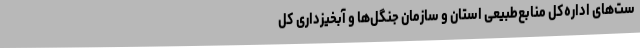
ست‌های اداره‌کل منابع‌طبیعی استان و سازمان جنگل‌ها و آبخیزداری کل